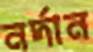
নর্দান